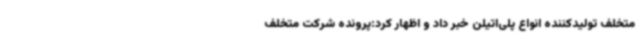
متخلف تولیدکننده انواع پلی‌اتیلن خبر داد و اظهار کرد:پرونده شرکت متخلف